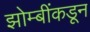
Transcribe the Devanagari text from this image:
झोम्बींकडून